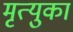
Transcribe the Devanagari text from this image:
मृत्युका